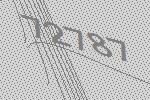
72787